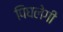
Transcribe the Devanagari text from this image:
पिघलेगी